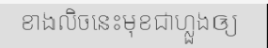
ខាងលិចនេះមុខជាហ្លួងឲ្យ